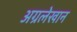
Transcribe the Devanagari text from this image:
अग्रलेखान